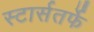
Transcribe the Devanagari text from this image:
स्टार्सतर्फे